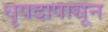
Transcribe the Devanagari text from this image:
धृपदापासून